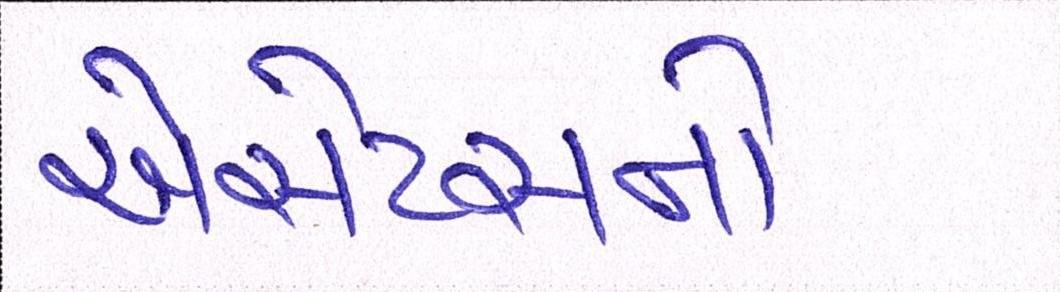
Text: એસેટસનો